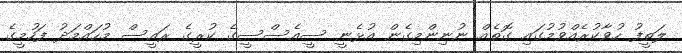
ލަތީފު ހުވާކުރެއްވުމުގައި ގޮތެއް ނުނިންމިގެން އުޅެނީ ސީއެސްސީގެ ކުރީގެ ރައީސް މުހައްމަދު ފަހުމީގެ